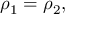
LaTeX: \rho _ { 1 } = \rho _ { 2 } ,